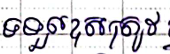
ទទួលខុសត្រូវ